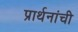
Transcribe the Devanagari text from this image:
प्रार्थनांची